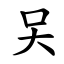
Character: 㕦